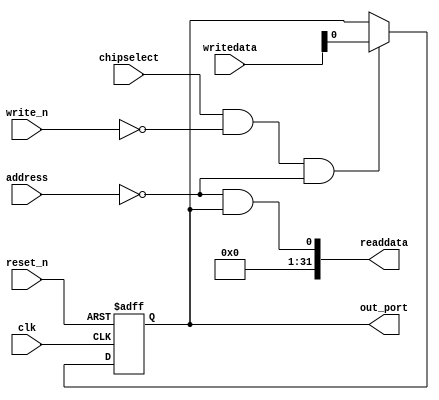
//Legal Notice: (C)2020 Altera Corporation. All rights reserved.  Your
//use of Altera Corporation's design tools, logic functions and other
//software and tools, and its AMPP partner logic functions, and any
//output files any of the foregoing (including device programming or
//simulation files), and any associated documentation or information are
//expressly subject to the terms and conditions of the Altera Program
//License Subscription Agreement or other applicable license agreement,
//including, without limitation, that your use is for the sole purpose
//of programming logic devices manufactured by Altera and sold by Altera
//or its authorized distributors.  Please refer to the applicable
//agreement for further details.

// synthesis translate_off
`timescale 1ns / 1ps
// synthesis translate_on

// turn off superfluous verilog processor warnings 
// altera message_level Level1 
// altera message_off 10034 10035 10036 10037 10230 10240 10030 

module final_soc_otg_hpi_cs (
                              // inputs:
                               address,
                               chipselect,
                               clk,
                               reset_n,
                               write_n,
                               writedata,

                              // outputs:
                               out_port,
                               readdata
                            )
;

  output           out_port;
  output  [ 31: 0] readdata;
  input   [  1: 0] address;
  input            chipselect;
  input            clk;
  input            reset_n;
  input            write_n;
  input   [ 31: 0] writedata;


wire             clk_en;
reg              data_out;
wire             out_port;
wire             read_mux_out;
wire    [ 31: 0] readdata;
  assign clk_en = 1;
  //s1, which is an e_avalon_slave
  assign read_mux_out = {1 {(address == 0)}} & data_out;
  always @(posedge clk or negedge reset_n)
    begin
      if (reset_n == 0)
          data_out <= 0;
      else if (chipselect && ~write_n && (address == 0))
          data_out <= writedata;
    end


  assign readdata = {32'b0 | read_mux_out};
  assign out_port = data_out;

endmodule